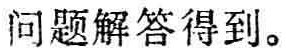
问题解答得到。